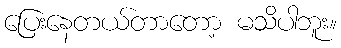
ပြေးနေတယ်တာတော့ မသိပါဘူး။